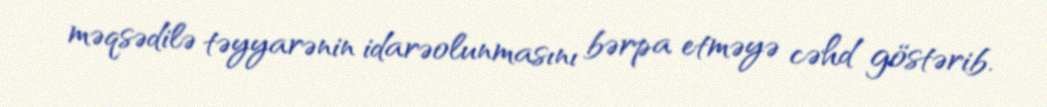
məqsədilə təyyarənin idarəolunmasını bərpa etməyə cəhd göstərib.